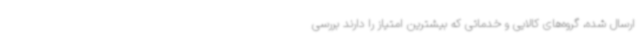
ارسال شده، گروه‌های کالایی و خدماتی که بیشترین امتیاز را دارند بررسی